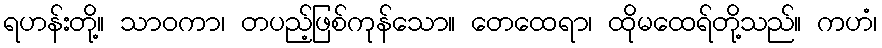
ရဟန်းတို့။ သာဝကာ၊ တပည့်ဖြစ်ကုန်သော။ တေထေရာ၊ ထိုမထေရ်တို့သည်။ ကဟံ၊